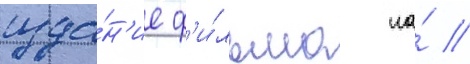
изда́н'ие ф'и́льма на́ //